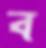
ব